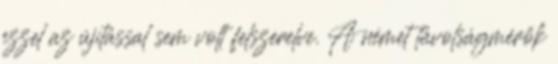
ezzel az újítással sem volt felszerelve. A német távolságmérők